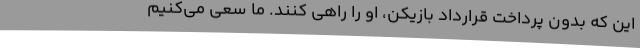
این که بدون پرداخت قرارداد بازیکن، او را راهی کنند. ما سعی می‌کنیم